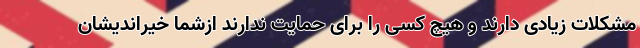
مشکلات زیادی دارند و هیچ کسی را برای حمایت ندارند ازشما خیراندیشان